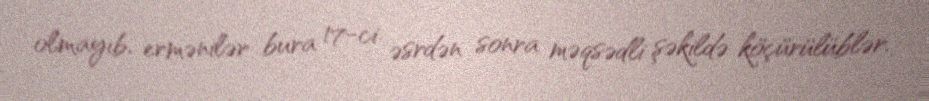
olmayıb, ermənilər bura 17-ci əsrdən sonra məqsədli şəkildə köçürülüblər.